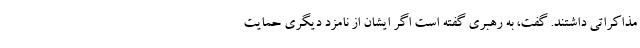
مذاکراتی داشتند. گفت، به رهبری گفته است اگر ایشان از نامزد دیگری حمایت